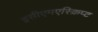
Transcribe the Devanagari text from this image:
इसीएमएस्क्रिप्ट